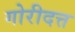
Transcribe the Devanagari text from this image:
गोरीदत्त